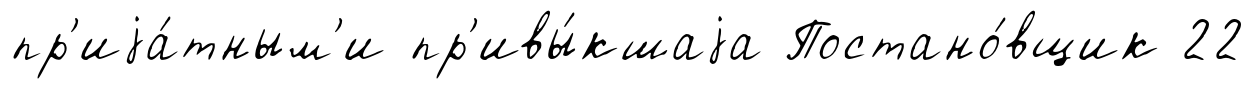
пр'иjа́тным'и пр'ивы́кшаjа Постано́вщик 22